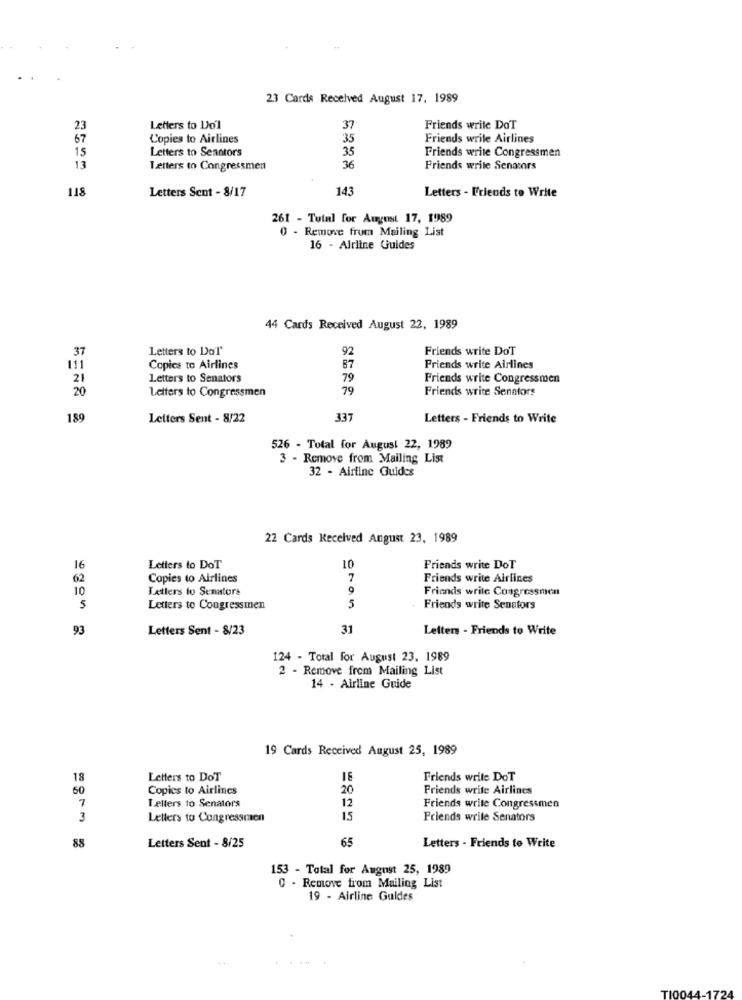
2.3 Cards Received August 17, 1989
23
Letters to Dol
37
Friends write DoT
67
Copies to Airlines
35
Friends write Airlines
Letters to Senators
35
Friends write Congressmen
15
13
Letters to Congressmen
36
Friends write Senators
118
Letters Sent - 8/17
143
Letters - Friends to Write
261 - Tutal for August 17, 1989
0 - Remove from Mailing List
16 - Airline Guides
44 Cards Received August 22, 1989
37
Letters to Dol'
92
Friends write DoT
111
Copies to Airlines
87
Friends write Airlines
21
Letters to Senators
79
Friends write Congressmen
20
Letters to Congressmen
79
Friends write Senators
189
Letters Sent - 8/22
337
Letters - Friends to Write
526 - Total for August 22, 1989
3 - Remove from Mailing List
32 - Airline Guides
22 Cards Received Angust 23, 1989
16
Letters to DoT
10
Friends write DoT
62
Copies to Airlines
7
Friends write Airlines
10
Letters to Senators
Friends write Congressmen
Letters to Congressmen
5
Friends write Senators
93
Letters Sent - 8/23
31
Letters - Friends to Write
124 - Total for August 23. 1989
2 - Remove from Mailing List
14 - Airline Guide
19 Cards Received August 25, 1989
18
Letters to DoT
16
Friends write DoT
60
Copies to Airlines
20
Friends write Airlines
12
7
Tellers to Senators
Friends write Congressmen
3
Letters to Congresscaen
15
Friends write Senators
65
88
Letters Sent - 8/25
Letters - Friends to Write
153 - Total for August 25, 1989
0 - Remove from Mailing List
19 - Airline Guides